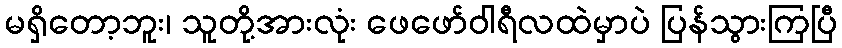
မရှိတော့ဘူး၊ သူတို့အားလုံး ဖေဖော်ဝါရီလထဲမှာပဲ ပြန်သွားကြပြီ